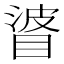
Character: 𥇲